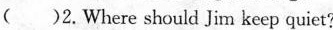
( )2.Where should Jim keep quiet?